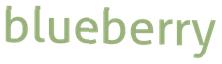
blueberry